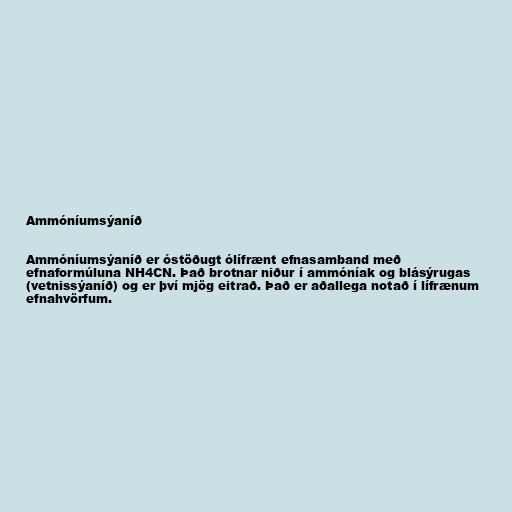
Ammóníumsýaníð

Ammóníumsýaníð er óstöðugt ólífrænt efnasamband með
efnaformúluna NH4CN. Það brotnar niður í ammóníak og blásýrugas
(vetnissýaníð) og er því mjög eitrað. Það er aðallega notað í lífrænum
efnahvörfum.